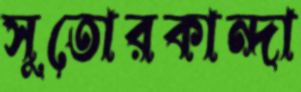
সুতোরকান্দা